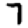
Digit: 7